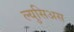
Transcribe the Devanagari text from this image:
ल्युसिअस